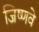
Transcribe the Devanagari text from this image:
जिष्णवे